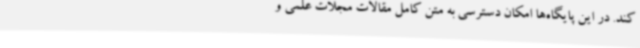
کند. در این پایگاه‌ها امکان دسترسی به متن کامل مقالات مجلات علمی و